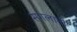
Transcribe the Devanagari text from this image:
सगलानी